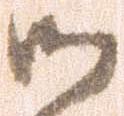
御